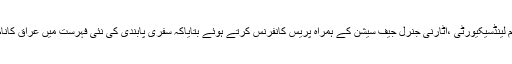
امریکی وزیرخارجہ ریکس ٹلرسن نے سیکریٹری ہوم لینڈسیکیورٹی ،اٹارنی جنرل جیف سیشن کے ہمراہ پریس کانفرنس کرتے ہوئے بتایاکہ سفری پابندی کی نئی فہرست میں عراق کانام نہیں ، امریکی سفری پابندی میں6ممالک شامل ہیں۔